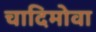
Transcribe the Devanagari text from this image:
चादिमोवा